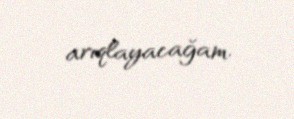
arıqlayacağam.